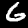
Digit: 6